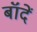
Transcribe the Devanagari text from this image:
बॉदें